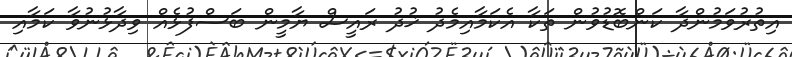
އިތުރުވަމުންދާ ކަންބޮޑުވުން ތަކާ އެކަމާއިމެދު ޚުދު ރައީސް ޔާމީން ބަސްފުޅެއް ވިދާޅުނުވާ ކަމާއި